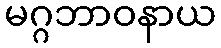
မဂ္ဂဘာဝနာယ